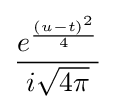
{\frac {e^{\frac {(u-t)^{2}}{4}}}{i{\sqrt {4\pi }}}}